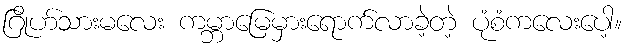
ဂြိုဟ်သားမလေး ကမ္ဘာမြေမှားရောက်လာခဲ့တဲ့ ပုံစံကလေးပေါ့။